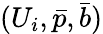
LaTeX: (U_{i},\bar{p},\bar{b})